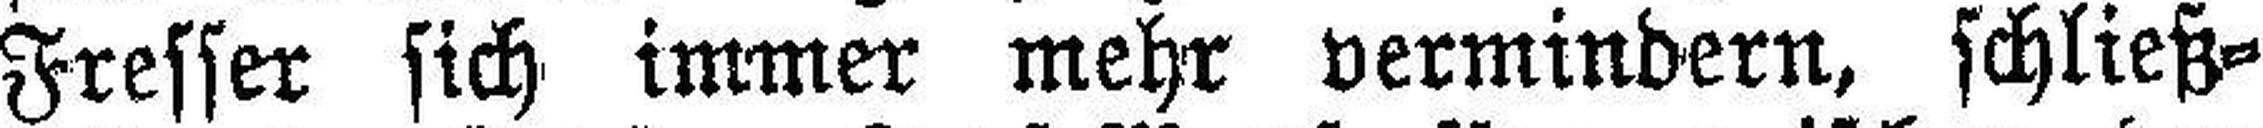
Fresser sich immer mehr vermindern, schließ¬